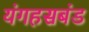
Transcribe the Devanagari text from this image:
यंगहसबंड